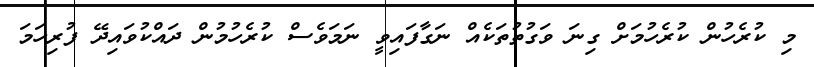
މި ކުރެހުން ކުރެހުމަށް ގިނަ ވަގުތުތަކެއް ނަގާފައިވީ ނަމަވެސް ކުރެހުމުން ދައްކުވައިދޭ ފުރިހަމަ